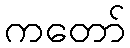
ကတော်